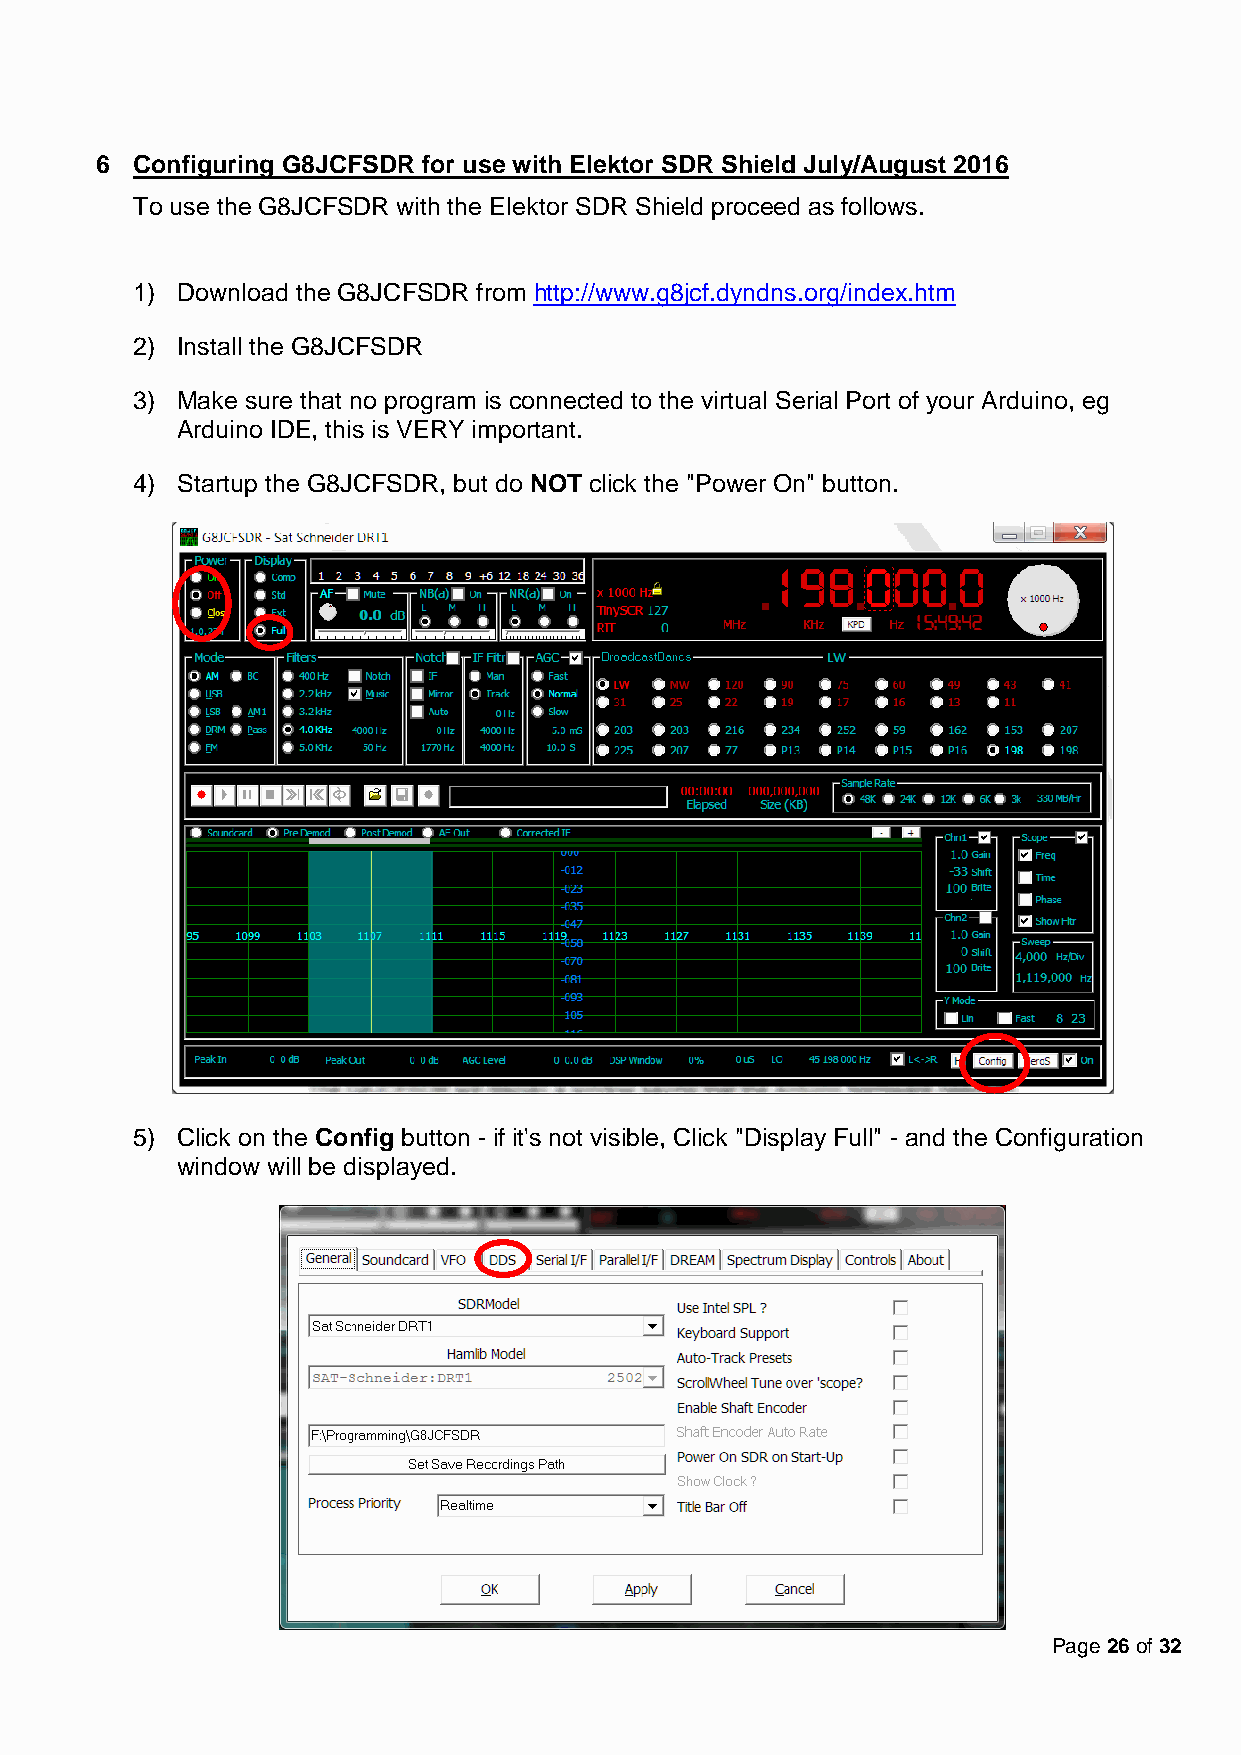
6  Configuring G8JCFSDR for use with Elektor SDR Shield July/August 2016
 To use the G8JCFSDR with the Elektor SDR Shield proceed as follows.
 1) Download the G8JCFSDR from http://www.g8jcf.dyndns.org/index.htm
 2) Install the G8JCFSDR
 3) Make sure that no program is connected to the virtual Serial Port of your Arduino, eg
 Arduino IDE, this is VERY important.
 4) Startup the G8JCFSDR, but do NOT click the "Power On" button.
 5) Click on the Config button - if it's not visible, Click "Display Full" - and the Configuration
 window will be displayed.
 Page 26 of 32